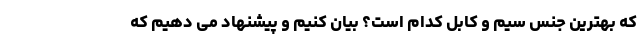
که بهترین جنس سیم و کابل کدام است؟ بیان کنیم و پیشنهاد می دهیم که